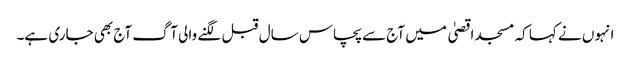
انہوں نے کہا کہ مسجد اقصیٰ میں آج سے پچاس سال قبل لگنے والی آگ آج بھی جاری ہے۔